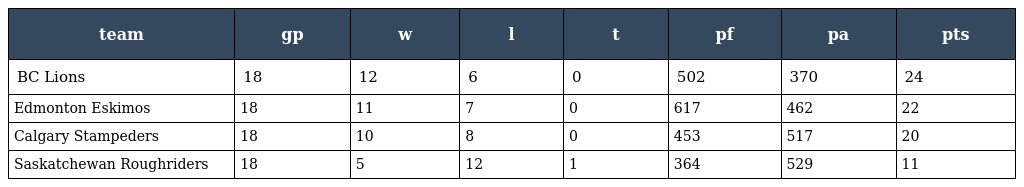
| team | gp | w | l | t | pf | pa | pts |
 | --- | --- | --- | --- | --- | --- | --- | --- |
 | BC Lions | 18 | 12 | 6 | 0 | 502 | 370 | 24 |
 | Edmonton Eskimos | 18 | 11 | 7 | 0 | 617 | 462 | 22 |
 | Calgary Stampeders | 18 | 10 | 8 | 0 | 453 | 517 | 20 |
 | Saskatchewan Roughriders | 18 | 5 | 12 | 1 | 364 | 529 | 11 |